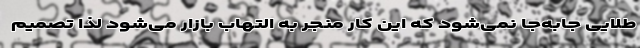
طلایی جابه‌جا نمی‌شود که این کار منجر به التهاب بازار می‌شود لذا تصمیم